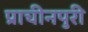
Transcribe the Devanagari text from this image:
प्राचीनपुरी